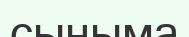
сыныма